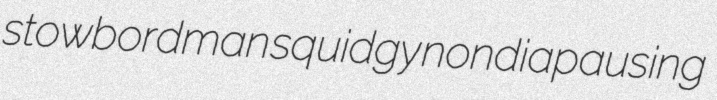
stowbordman squidgy nondiapausing